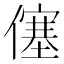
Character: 僿